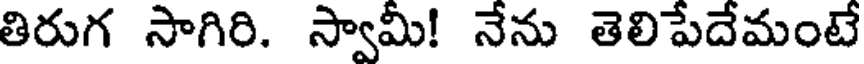
తిరుగ సాగిరి. స్వామీ! నేను తెలిపేదేమంటే